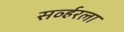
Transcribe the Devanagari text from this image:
सर्व्हरला